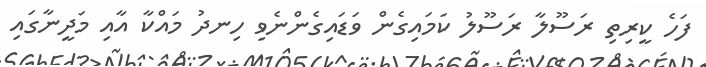
ފަހެ ކީރިތި ރަސޫލާ ރަސޫލު ކަމައިގެން ވަޑައިގެންނެވި ހިނދު މައްކާ އާއި މަދީނާގައި